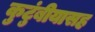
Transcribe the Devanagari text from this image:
कुटुंबीयासह